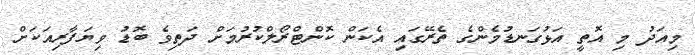
މިއަދު މި އޮތީ އަޅުގަނޑުމެންގެ ތެރޭގައި އެކަން ކޮންޓްރޯލްކުރުމަށް ދަތިވެ ބޮޑު ވިޔަފާރިއަކަށް